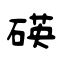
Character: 碤